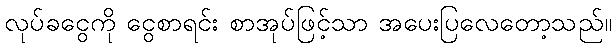
လုပ်ခငွေကို ငွေစာရင်း စာအုပ်ဖြင့်သာ အပေးပြလေတော့သည်။